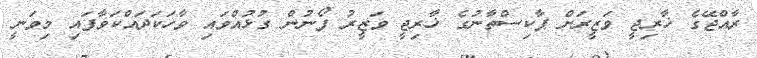
ރާއްޖޭގެ ޚާރިޖީ ވަޒީރަށް ޕާކިސްތާނުގެ ޚާރިޖީ ވަޒީރު ފޯނުން ގުޅުއްވައި ވާހަކަދައްކަވާފައި މިވަނީ